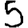
Digit: 5